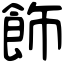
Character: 飾